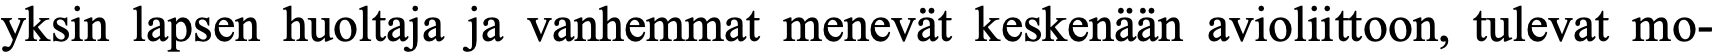
yksin lapsen huoltaja ja vanhemmat menevät keskenään avioliittoon, tulevat mo-